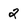
Character: 2